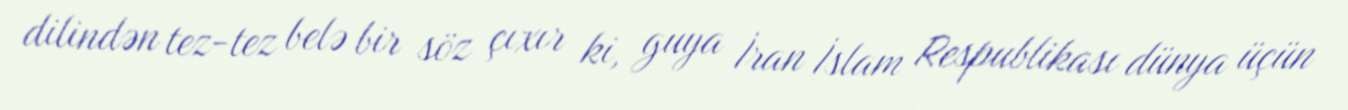
dilindən tez-tez belə bir söz çıxır ki, guya İran İslam Respublikası dünya üçün